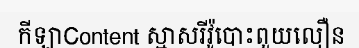
កីឡាContent ស្មាសរីវ៉ូបោះពួយលឿន